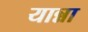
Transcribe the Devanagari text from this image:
यान्ना